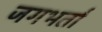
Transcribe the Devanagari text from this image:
जगभर्ता